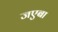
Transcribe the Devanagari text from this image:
जएबा